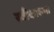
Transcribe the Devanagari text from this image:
स्वीकारता।